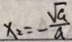
x _ { 2 } = - \frac { \sqrt { a } } { a }